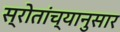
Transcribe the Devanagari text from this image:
स्रोतांच्‍यानुसार